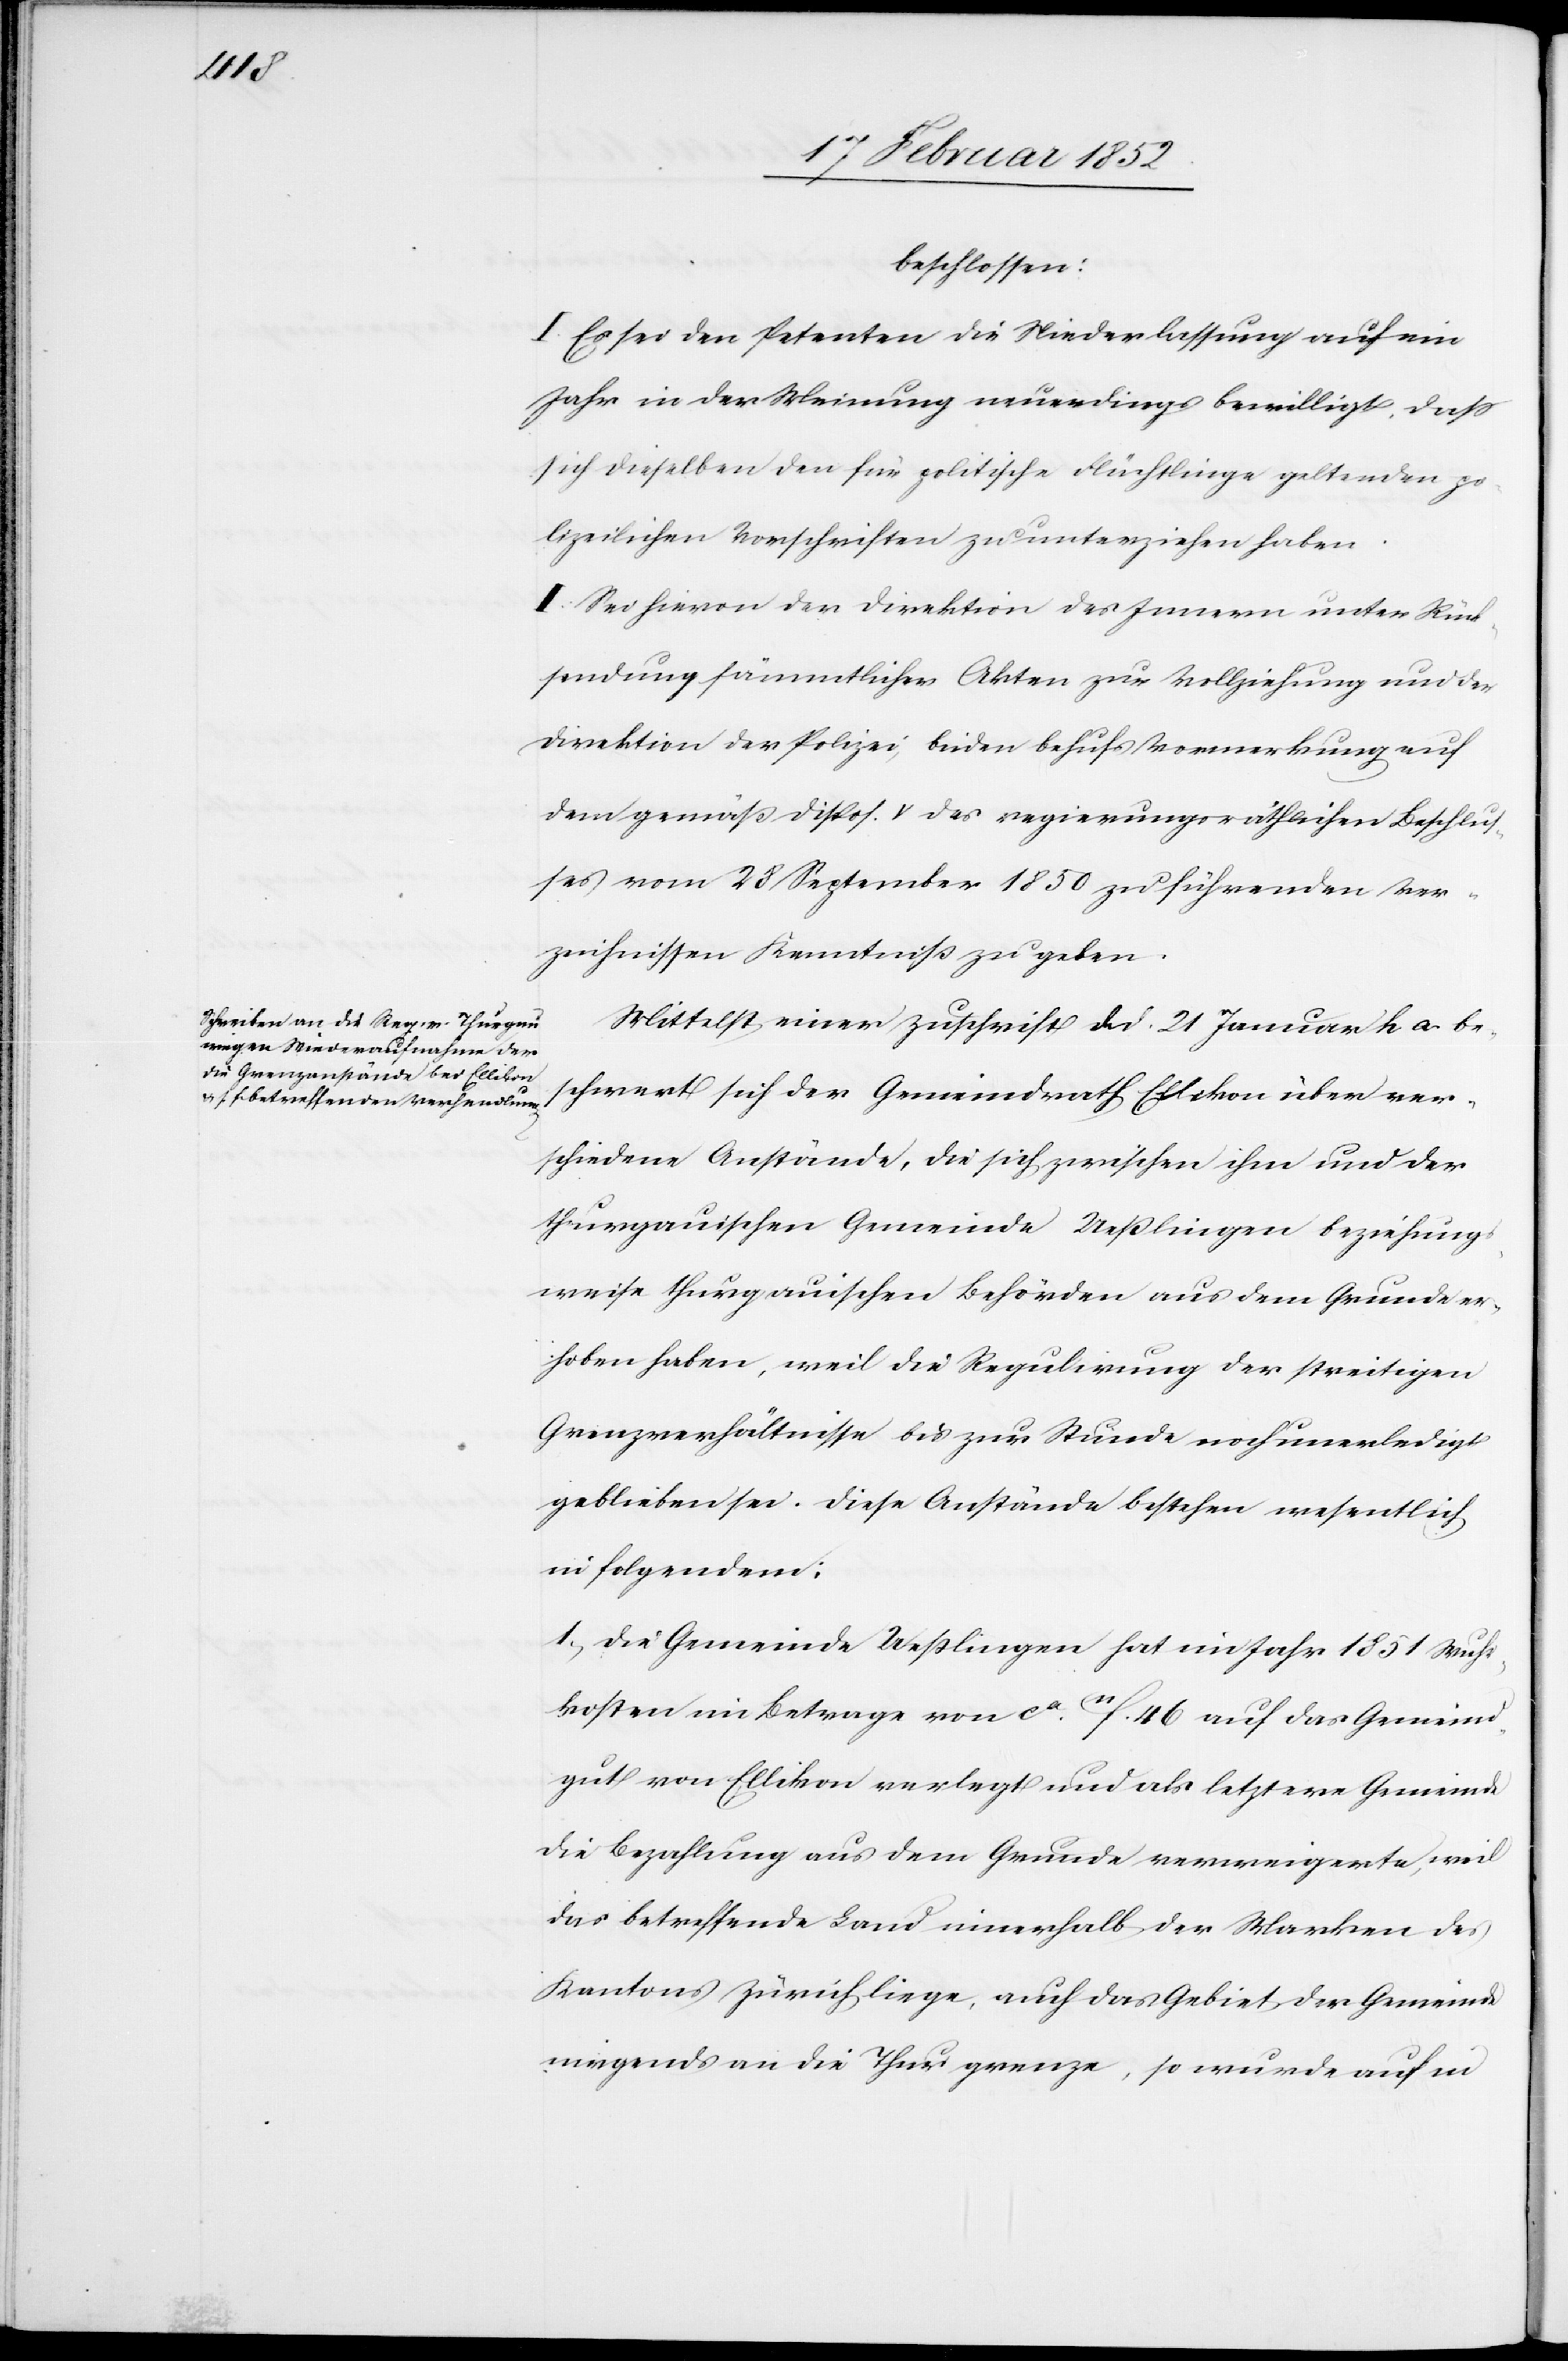
beschlossen:
I. Es sei den Petenten die Niederlassung auf ein
Jahr in der Meinung neuerdings bewilligt, daß
sich dieselben den für politische Flüchtlinge geltenden po¬
lizeilichen Vorschriften zu unterziehen haben.
II. Sei hiervon der Direktion des Innern unter Rück¬
sendung sämmtlicher Akten zur Vollziehung und der
Direktion der Polizei, beiden behufs Vormerkung auf
dem gemäß Dispos. V des regierungsräthlichen Beschluß¬
es vom 28 September 1850 zu führenden Ver¬
zeichnissen Kenntniß zu geben.
Mittelst einer Zuschrift d. d. 21 Januar h a. be¬
schwert sich der Gemeindrath Ellikon über ver¬
schiedene Anstände, die sich zwischen ihm und der
thurgauischen Gemeinde Ueßlingen beziehungs¬
weise thurgauischen Behörden aus dem Grunde er¬
hoben haben, weil die Regulirung der streitigen
Grenzverhältnisse bis zur Stunde noch unerledigt
geblieben sei. Diese Anstände bestehen wesentlich
in folgendem:
1.) Die Gemeinde Ueßlingen hat im Jahr 1851 Wuhr¬
kosten im Betrage von ca. 11f. 46 auf das Gemeind¬
gut von Ellikon verlegt und als letztere Gemeinde
die Bezahlung aus dem Grunde verweigerte, weil
das betreffende Land innerhalb der Marken des
Kantons Zürich liege, auch das Gebiet der Gemeinde
nirgends an die Thur grenze, so wurde auch in